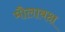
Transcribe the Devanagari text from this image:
मौलाबक्ष